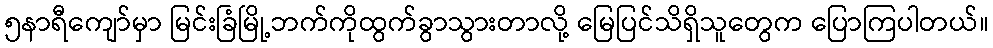
၅နာရီကျော်မှာ မြင်းခြံမြို့ဘက်ကိုထွက်ခွာသွားတာလို့ မြေပြင်သိရှိသူတွေက ပြောကြပါတယ်။